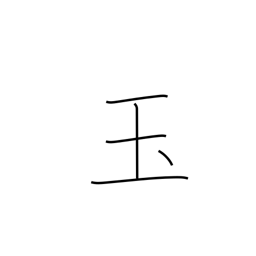
Meaning: jewel